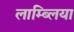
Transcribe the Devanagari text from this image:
लाम्ब्लिया